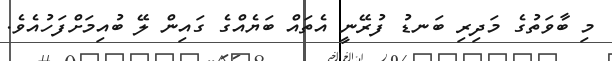
މި ބާވަތުގެ މަދިރި ބަނޑު ފުރޭނީ އެތައް ބަޔެއްގެ ގައިން ލޭ ބުއިމަށްފަހުއެވެ.